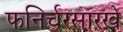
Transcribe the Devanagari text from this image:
फनिर्चरसारखे